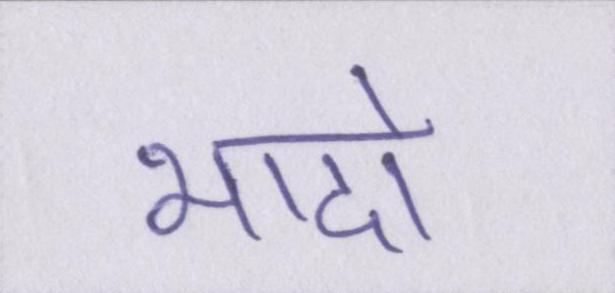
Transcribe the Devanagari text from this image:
भादो